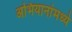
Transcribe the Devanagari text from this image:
अभियानांमध्ये